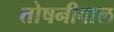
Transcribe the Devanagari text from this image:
तोषनीवाल